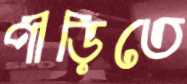
পীড়িতে